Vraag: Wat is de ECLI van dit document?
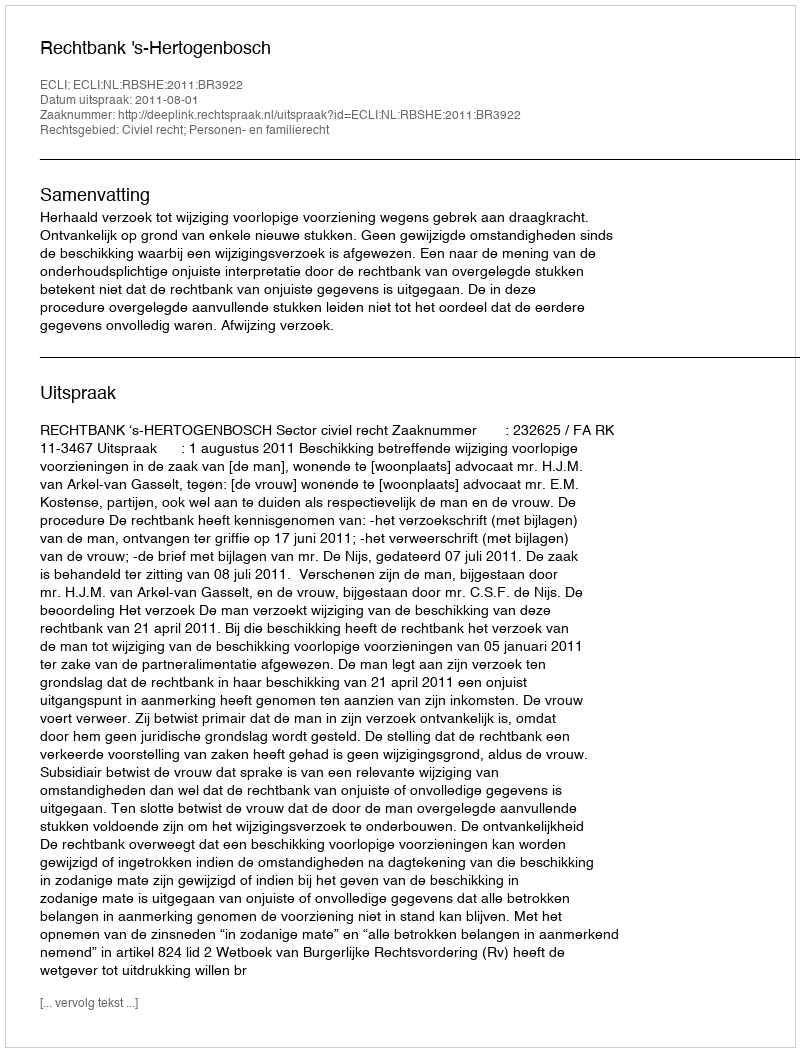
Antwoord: ECLI:NL:RBSHE:2011:BR3922